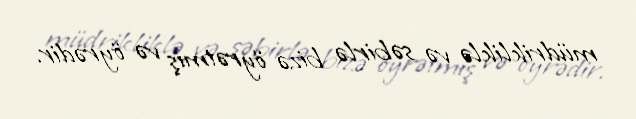
müdrikliklə və səbirlə bizə öyrətmiş və öyrədir.